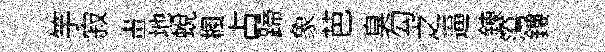
竽寂畫地蛻楓占蹄象芭臭勾之逼錬簜鏤